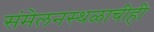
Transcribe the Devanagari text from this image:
संमेलनस्थळाचीही